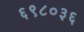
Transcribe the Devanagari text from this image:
६९८०३६